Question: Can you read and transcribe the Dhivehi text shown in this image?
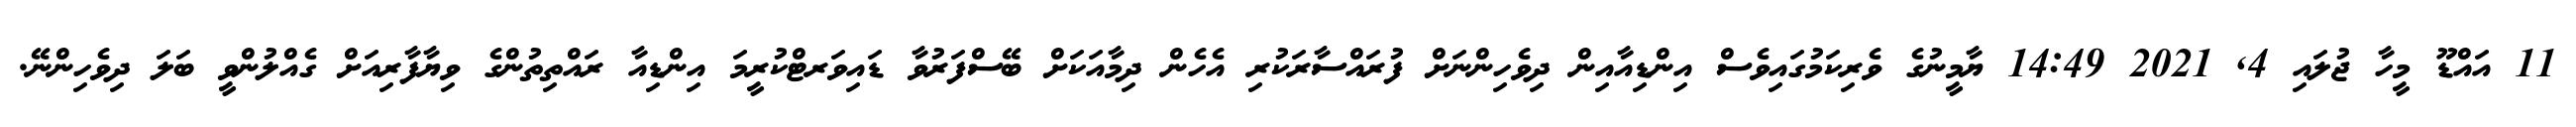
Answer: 11 އައްޑޫ މީހާ ޖުލައި 4, 2021 14:49 ޔާމީނުގެ ވެރިކަމުގައިވެސް އިންޑިއާއިން ދިވެހިންނަށް ފުރައްސާރަކުރި އެހެން ދިމާއަކަށް ބޭސްފަރުވާ ޑައިވަރޓްކުރީމަ އިންޑިއާ ރައްތިތުންގެ ވިޔާފާރިއަށް ގެއްލުންވީ ބަލަ ދިވެހިންނޭ.